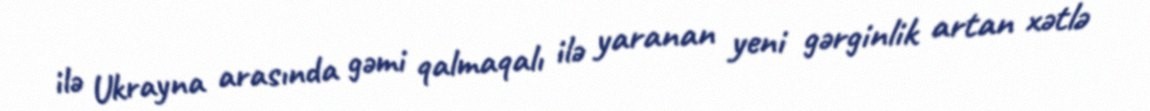
ilə Ukrayna arasında gəmi qalmaqalı ilə yaranan yeni gərginlik artan xətlə